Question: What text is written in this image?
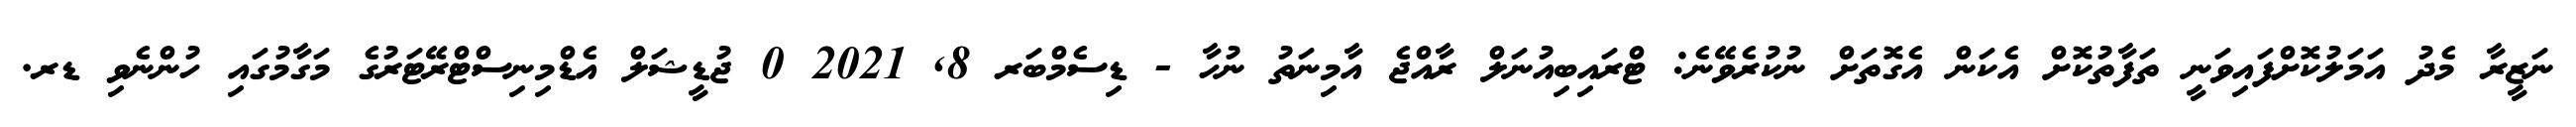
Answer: ނަޒީރާ މެދު އަމަލުކޮށްފައިވަނީ ތަފާތުކޮށް އެކަން އެގޮތަށް ނުކުރެވޭނެ: ޓްރައިބިއުނަލް ރާއްޖެ އާމިނަތު ނުހާ - ޑިސެމްބަރ 8, 2021 0 ޖުޑީޝަލް އެޑްމިނިސްޓްރޭޓަރުގެ މަގާމުގައި ހުންނެވި ޑރ.